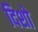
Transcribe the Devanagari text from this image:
दिशो